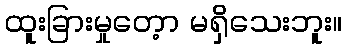
ထူးခြားမှုတေ့ာ မရှိသေးဘူး။